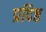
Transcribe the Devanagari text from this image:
प्रदिष्ठ